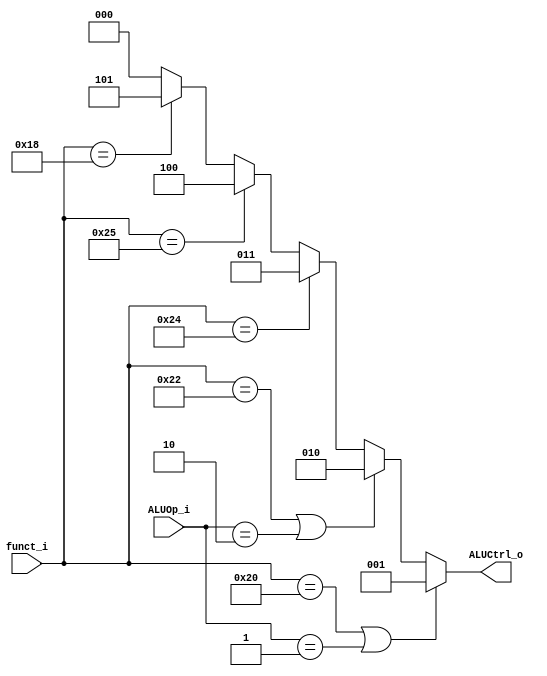
module ALU_Control(funct_i, ALUOp_i, ALUCtrl_o);

input	[5:0]	funct_i;
input	[1:0]	ALUOp_i;
output	[2:0]	ALUCtrl_o;

// ALUOp: 0:R-type, 1:I-type
// ALUSrc: 0:R-type, 1:I-type
// 1:+, 2:-, 3:&, 4:|, 5:*
// add: 100000
// sub: 100010
// and: 100100
// or : 100101
// mul: 011000
assign ALUCtrl_o =	(funct_i==6'b100000||ALUOp_i==2'd1) ? 3'd1 :
					(funct_i==6'b100010||ALUOp_i==2'd2) ? 3'd2 :
					(funct_i==6'b100100) ? 3'd3 :
					(funct_i==6'b100101) ? 3'd4 :
					(funct_i==6'b011000) ? 3'd5 :
					0;

endmodule